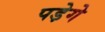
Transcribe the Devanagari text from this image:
पडे़गे